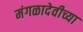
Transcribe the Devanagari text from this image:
मंगळादेवीच्या